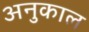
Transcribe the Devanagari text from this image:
अनुकाल